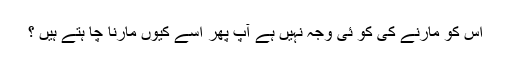
اس کو مارنے کی کو ئی وجہ نہیں ہے آپ پھر اسے کیوں مارنا چا ہتے ہیں ؟